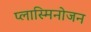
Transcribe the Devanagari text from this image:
प्लास्मिनोजन